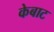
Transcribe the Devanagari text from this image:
केबाट